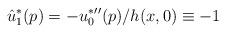
LaTeX: \begin{align*}\hat{u}^*_1(p) = -u^*_0{''}(p)/h(x,0) \equiv -1\end{align*}